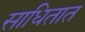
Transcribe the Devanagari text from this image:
साधितात